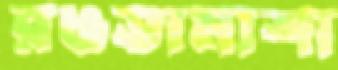
রঙতামাশা